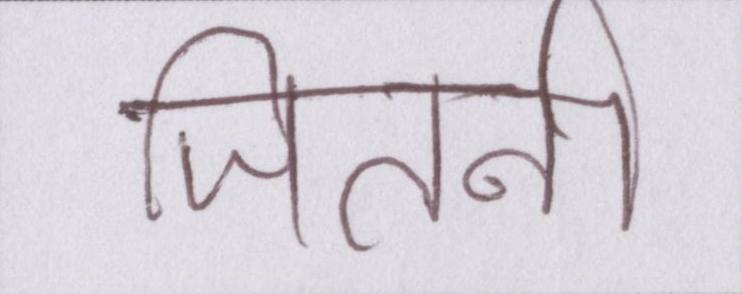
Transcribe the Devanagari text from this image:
जितनी